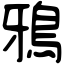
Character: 鴉